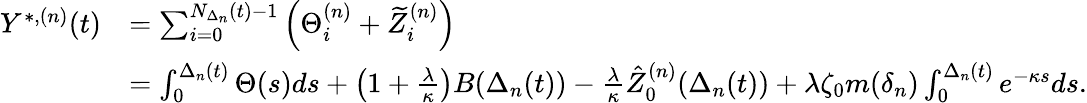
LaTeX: \begin{array}{rl}{Y^{\ast,(n)}(t)}&{=\sum_{i=0}^{N_{\Delta_{n}}(t)-1}\left(\Theta_{i}^{(n)}+\widetilde{Z}_{i}^{(n)}\right)}\\ &{=\int_{0}^{\Delta_{n}(t)}\Theta(s)ds+\left(1+\frac{\lambda}{\kappa}\right)B(\Delta_{n}(t))-\frac{\lambda}{\kappa}\hat{Z}_{0}^{(n)}(\Delta_{n}(t))+\lambda\zeta_{0}m(\delta_{n})\int_{0}^{\Delta_{n}(t)}e^{-\kappa s}ds.}\end{array}